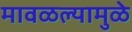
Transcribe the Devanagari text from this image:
मावळल्यामुळे